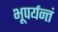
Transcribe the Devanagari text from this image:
भूपर्यन्तं